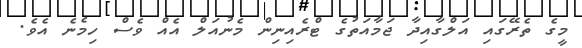
މީގެ ތެރޭގައި އަލްގާއިދާ ޖަމާއަތުގެ ޓްރެއިނިން މެނުއަލް އެއް ވެސް ހިމެނެ އެވެ.